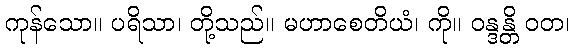
ကုန်သော။ ပရိသာ၊ တို့သည်။ မဟာစေတိယံ၊ ကို။ ဝန္ဒန္တိ ဝတ၊